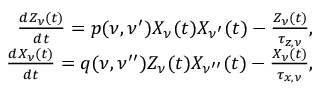
\begin{array} { r } { \frac { d Z _ { \nu } ( t ) } { d t } = p ( \nu , \nu ^ { \prime } ) X _ { \nu } ( t ) X _ { \nu ^ { \prime } } ( t ) - \frac { Z _ { \nu } ( t ) } { \tau _ { z , \nu } } , } \\ { \frac { d X _ { \nu } ( t ) } { d t } = q ( \nu , \nu ^ { \prime \prime } ) Z _ { \nu } ( t ) X _ { \nu ^ { \prime \prime } } ( t ) - \frac { X _ { \nu } ( t ) } { \tau _ { x , \nu } } , } \end{array}